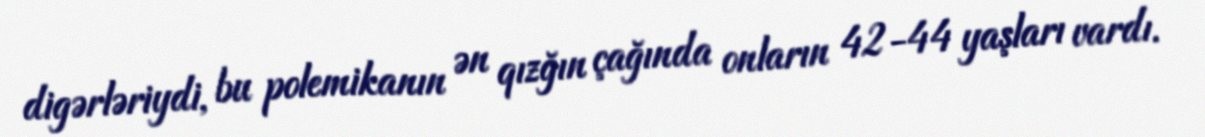
digərləriydi, bu polemikanın ən qızğın çağında onların 42-44 yaşları vardı.